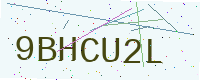
Text: 9BHCU2L